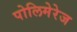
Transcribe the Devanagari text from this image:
पोलिमेरेज